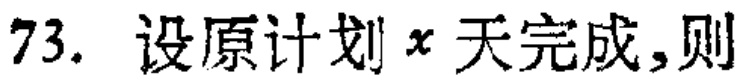
73. 设原计划\(x\)天完成，则